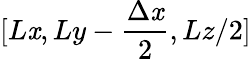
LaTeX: [L\mathit{x},Ly-\frac{{\Delta\mathit{x}}}{{2}},Lz/2]